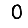
Digit: 0